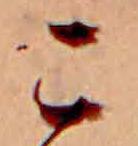
こ